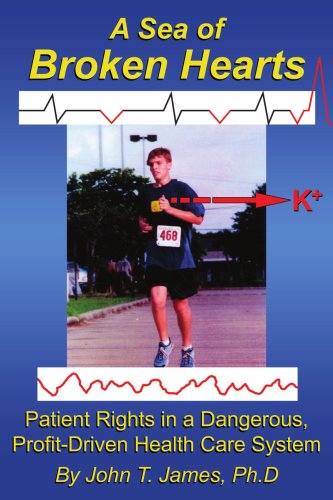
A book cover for A Sea of Broken Hearts: Patient Rights in a Dangerous, Profit-Driven Health Care System; John James Ph.D; Medical Books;